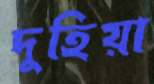
দুহিয়া